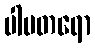
ပါပတရော